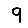
Digit: 9